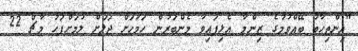
"އިންތިހާބު ބޭއްވުމުގެ ޒިންމާ އެޅިފައިވާ މެންބަރުން ހަމަހަށް ޖަލަށް ލުމަށްފަހު މާޗް 22